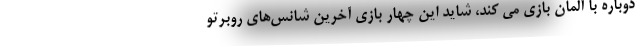
دوباره با آلمان بازی می کند، شاید این چهار بازی آخرین شانس‌های روبرتو